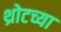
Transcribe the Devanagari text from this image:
थ्रोटच्या